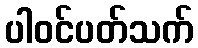
ပါဝင်ပတ်သက်